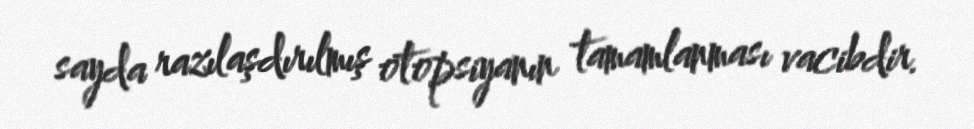
sayda razılaşdırılmış otopsiyanın tamamlanması vacibdir.